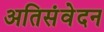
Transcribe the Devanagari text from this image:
अतिसंवेदन